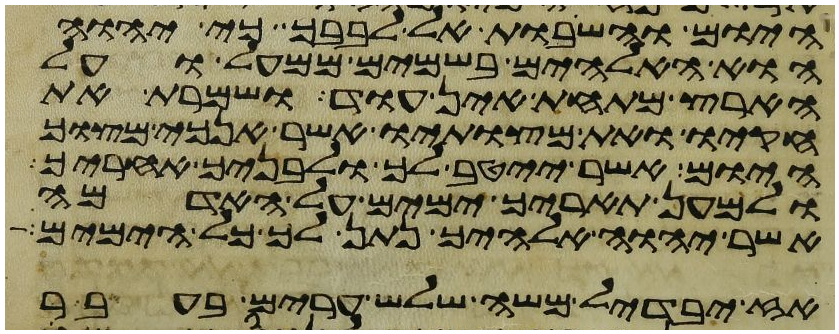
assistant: היום והשבות אל לבבך כי יהוה
הוא האלהים בשמים ממעל ועל
הארץ מתחת אין עוד ושמרת את
חקיו ואת מצותיו אשר אנכי מצוך
היום אשר ייטב לך ולבניך אחריך
ולמען תאריך ימים על האדמה
אשר יהוה אלהיך נתן לך כל הימים
אז יבדיל משה שלש ערים בעבר